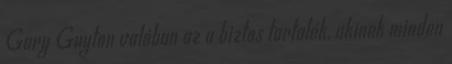
Gary Guyton valóban az a biztos tartalék, akinek minden